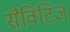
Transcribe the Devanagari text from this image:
सैविटिज